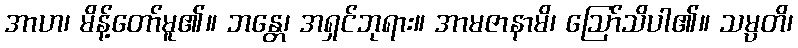
အာဟ၊ မိန့်တော်မူ၏။ ဘန္တေ၊ အရှင်ဘုရား။ အာမဇာနာမိ၊ ဩော်သိပါ၏။ သမ္ပတိ၊